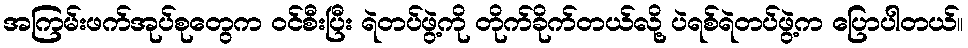
အကြမ်းဖက်အုပ်စုတွေက ဝင်စီးပြီး ရဲတပ်ဖွဲ့ကို တိုက်ခိုက်တယ်လို့ ပဲရစ်ရဲတပ်ဖွဲ့က ပြောပါတယ်။